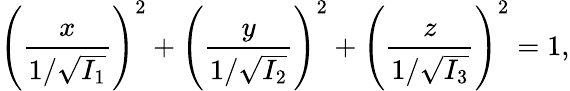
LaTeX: \left({\frac{x}{1/{\sqrt{I_{1}}}}}\right)^{2}+\left({\frac{y}{1/{\sqrt{I_{2}}}}}\right)^{2}+\left({\frac{z}{1/{\sqrt{I_{3}}}}}\right)^{2}=1,